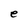
Character: e